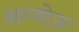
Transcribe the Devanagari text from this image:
अन्जोऊ